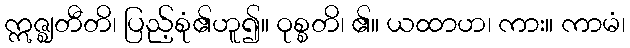
ဣဇ္ဈတီတိ၊ ပြည့်စုံ၏ဟူ၍။ ဝုစ္စတိ၊ ၏။ ယထာဟ၊ ကား။ ကာမံ၊